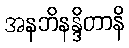
အနဘိနန္ဒိတာနိ